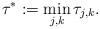
LaTeX: \begin{align*}\tau^*:=\min_{j,k}\tau_{j,k}.\end{align*}